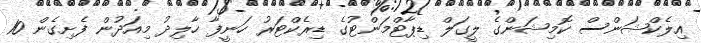
އިލެކްޝަންސް ކޮމިޝަންގެ ލީގަލް ޑިޕާޓްމަންޓުގެ ޑިރެކްޓަރު ހަނީފާ ހާލިދު މިއަދުން ފެށިގެން 10